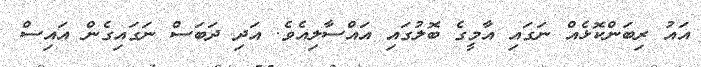
އައު ރިބަންކޮޅެއް ނަގައި އާމީގެ ބޮލުގައި އައްސާލިއެވެ. އަދި ދަބަސް ނަގައިގެން އައިސް